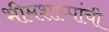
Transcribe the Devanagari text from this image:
भीमशाप्पांची